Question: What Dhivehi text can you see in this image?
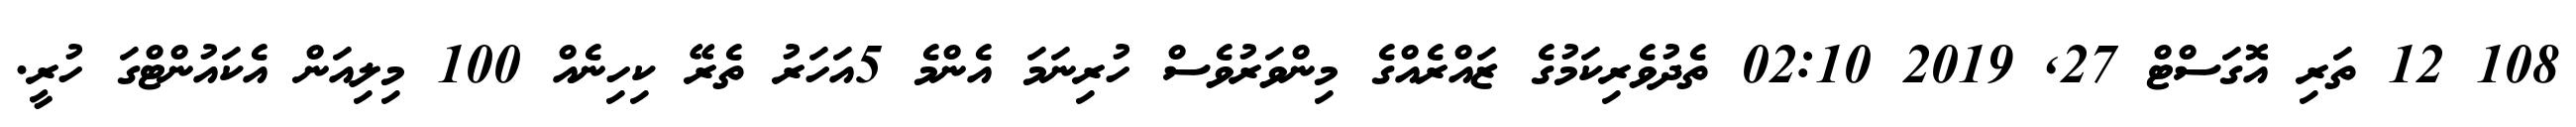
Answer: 108 12 ތަރި އޮގަސްޓް 27, 2019 02:10 ތެދުވެރިކަމުގެ ޒައްރެއްގެ މިންވަރުވެސް ހުރިނަމަ އެންމެ 5އަހަރު ތެރޭ ކިހިނެއް 100 މިލިއަން އެކައުންޓްގަ ހުރީ.